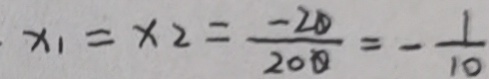
x _ { 1 } = x _ { 2 } = \frac { - 2 0 } { 2 0 0 } = - \frac { 1 } { 1 0 }